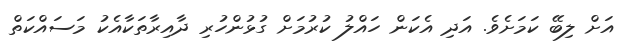
އަށް ލިބޭ ކަމަށެވެ. އަދި އެކަން ހައްލު ކުރުމަށް ގުޅުންހުރި ދާއިރާތަކާއެކު މަސައްކަތް